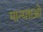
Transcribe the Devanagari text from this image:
मान्य्ताओ